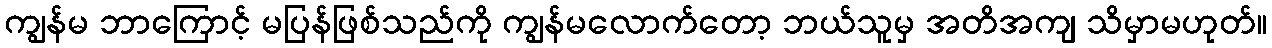
ကျွန်မ ဘာကြောင့် မပြန်ဖြစ်သည်ကို ကျွန်မလောက်တော့ ဘယ်သူမှ အတိအကျ သိမှာမဟုတ်။